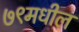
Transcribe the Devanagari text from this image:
७९मधील